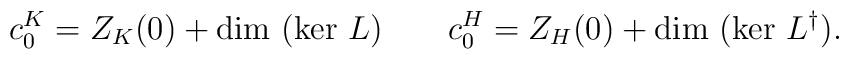
c_{0}^{K} =  Z_{K}(0) + \mbox{dim }(\mbox{ker } L) \qquad c_{0}^{H} =   Z_{H}(0) + \mbox{dim }(\mbox{ker } L^{\dag}).